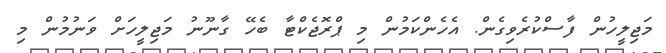
މަޖިލީހުން ފާސްކުރެވިގެން. އެހެންކަމުން މި ޕްރޮޖެކްޓާ ބެހޭ ގާނޫނު މަޖިލީހަށް ވަނުމުން މި